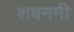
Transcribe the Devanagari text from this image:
शबनमी